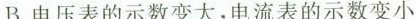
B.电压表的示数变大，电流表的示数变小